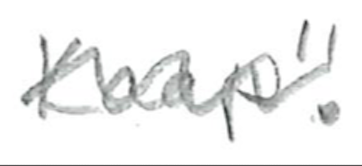
Text: Kaap".
Cross-out: mix
Writing tool: pencil